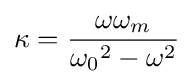
\kappa ={\frac {\omega \omega _{m}}{{\omega _{0}}^{2}-\omega ^{2}}}